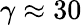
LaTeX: \gamma\approx 30